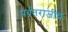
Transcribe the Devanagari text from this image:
पर्वतराजीचे